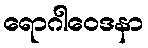
ရောဂါဝေဒနာ